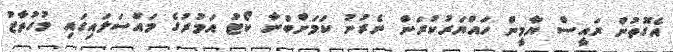
އެގޮތުން ރައީސް ޔާމީން ހައްޔަރުކުރަން ނެރުނު ކަމަށްބުނާ ކޯޓު އަމުރުގެ މައްސަލައިގައި މުހުތާޒު